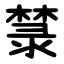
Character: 㯟